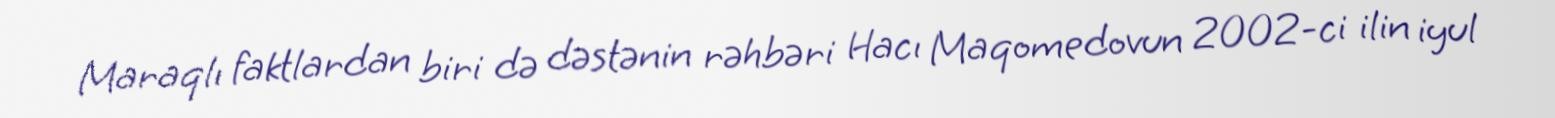
Maraqlı faktlardan biri də dəstənin rəhbəri Hacı Maqomedovun 2002-ci ilin iyul